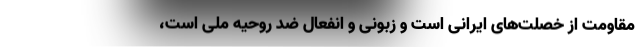
مقاومت از خصلت‌های ایرانی است و زبونی و انفعال ضد روحیه ملی است،